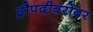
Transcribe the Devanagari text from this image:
द्रौपदीबरोबर